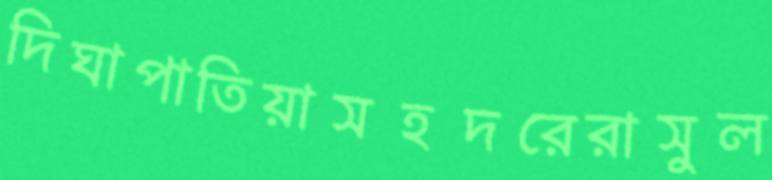
দিঘাপাতিয়াসহদরেরাসুল